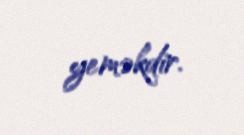
yeməkdir.